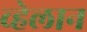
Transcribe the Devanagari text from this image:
व्हेलान